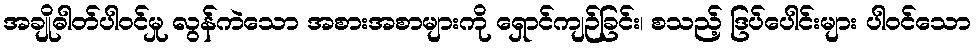
အချိုဓါတ်ပါဝင်မှု လွန်ကဲသော အစားအစာများကို ရှောင်ကျဉ်ခြင်း၊ စသည့် ဒြပ်ပေါင်းများ ပါဝင်သော